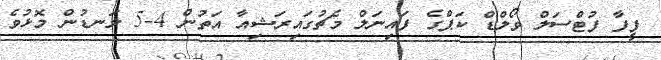
ފީފާ ފުޓްސަލް ވޯލްޑް ކަޕްގެ ފައިނަލް މެޗުގައިރަޝިއާ އަތުން 4-5 ލަނޑުން މޮޅުވެ